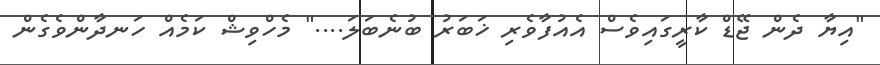
"އިޔާ ދެން ޖޭޑް ކާރީގައިވެސް އެއުފާވެރި ޚަބަރު ބުނެބަލަ...." މެހްވިޝް ކަމެއް ހަނދާންވެގެން